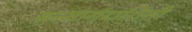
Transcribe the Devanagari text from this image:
सन्मार्गदार्शिनी